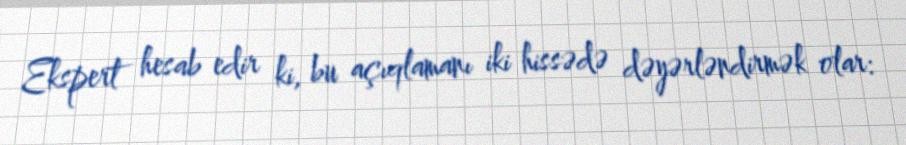
Ekspert hesab edir ki, bu açıqlamanı iki hissədə dəyərləndirmək olar: